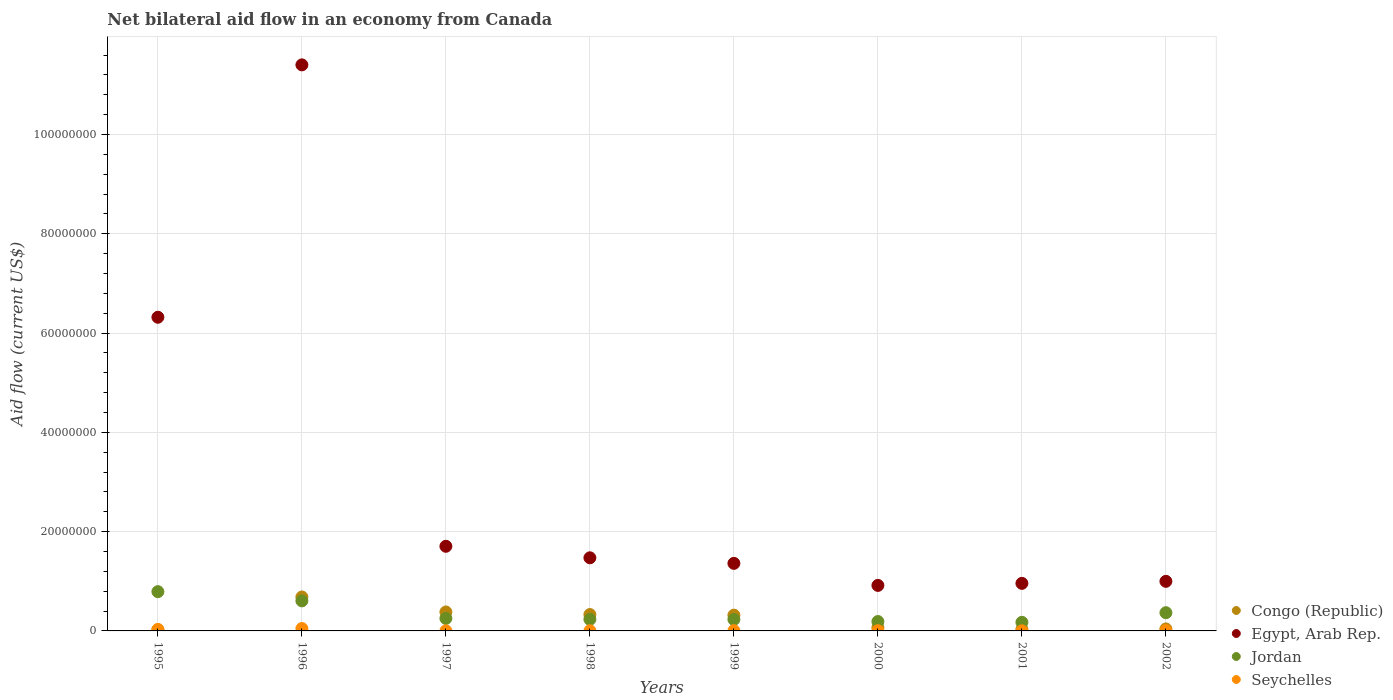
| Years | Congo (Republic) | Egypt, Arab Rep. | Jordan | Seychelles |
 | --- | --- | --- | --- | --- |
 | 1995 | 2.1e+05 | 6.32e+07 | 7.91e+06 | 3e+05 |
 | 1996 | 6.84e+06 | 1.14e+08 | 6.05e+06 | 4.8e+05 |
 | 1997 | 3.82e+06 | 1.70e+07 | 2.52e+06 | 2e+04 |
 | 1998 | 3.3e+06 | 1.47e+07 | 2.33e+06 | 3e+04 |
 | 1999 | 3.18e+06 | 1.36e+07 | 2.31e+06 | 5e+04 |
 | 2000 | 6.7e+05 | 9.17e+06 | 1.89e+06 | 5e+04 |
 | 2001 | 3.4e+05 | 9.58e+06 | 1.73e+06 | 2e+04 |
 | 2002 | 4e+05 | 9.99e+06 | 3.67e+06 | 7e+04 |